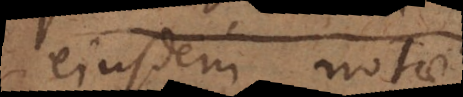
ejusdem notae.